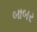
બાબર